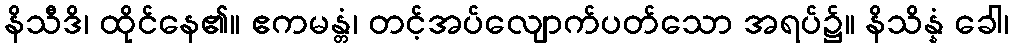
နိသီဒိ၊ ထိုင်နေ၏။ ဧကမန္တံ၊ တင့်အပ်လျောက်ပတ်သော အရပ်၌။ နိသိန္နံ ခေါ၊